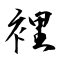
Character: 裡